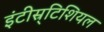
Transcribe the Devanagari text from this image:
इंटीस्र्टिशियल